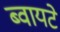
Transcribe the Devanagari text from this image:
ब्वायटे